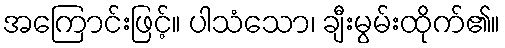
အကြောင်းဖြင့်။ ပါသံသော၊ ချီးမွမ်းထိုက်၏။